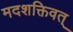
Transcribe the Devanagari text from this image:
मदशक्तिवत्